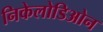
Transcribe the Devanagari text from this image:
निकेलोडिओन